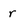
Character: r